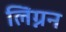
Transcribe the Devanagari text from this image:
लिग्नन